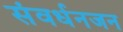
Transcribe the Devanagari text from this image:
संवर्धनजन